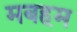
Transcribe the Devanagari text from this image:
मबहम